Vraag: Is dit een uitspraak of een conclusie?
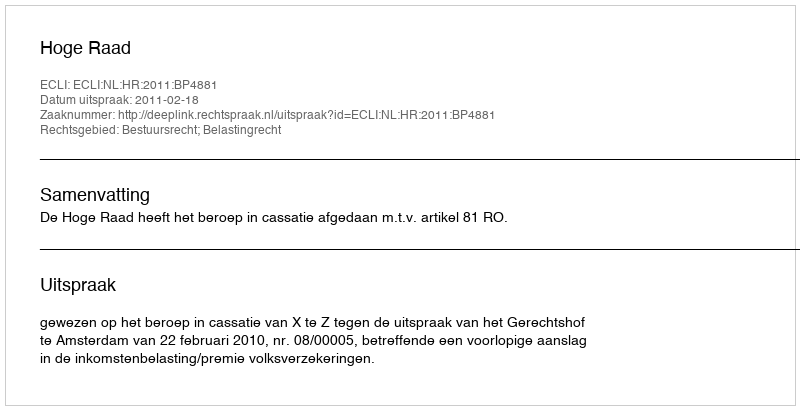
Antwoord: Uitspraak